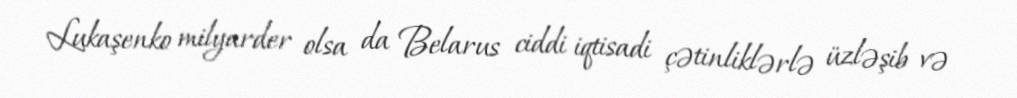
Lukaşenko milyarder olsa da Belarus ciddi iqtisadi çətinliklərlə üzləşib və